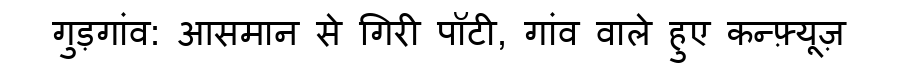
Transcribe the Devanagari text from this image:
गुड़गांव: आसमान से गिरी पॉटी, गांव वाले हुए कन्फ़्यूज़